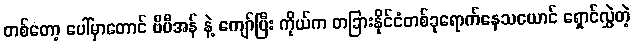
တစ်တော့ ပေါ်မှာတောင် ဗီပီအန် နဲ့ ကျော်ပြီး ကိုယ်က တခြားနိုင်ငံတစ်ခုရောက်နေသယောင် ရှောင်လွှဲတဲ့